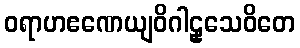
ဝရာဟဧဏေယျဝိဂါဠှသေဝိတေ